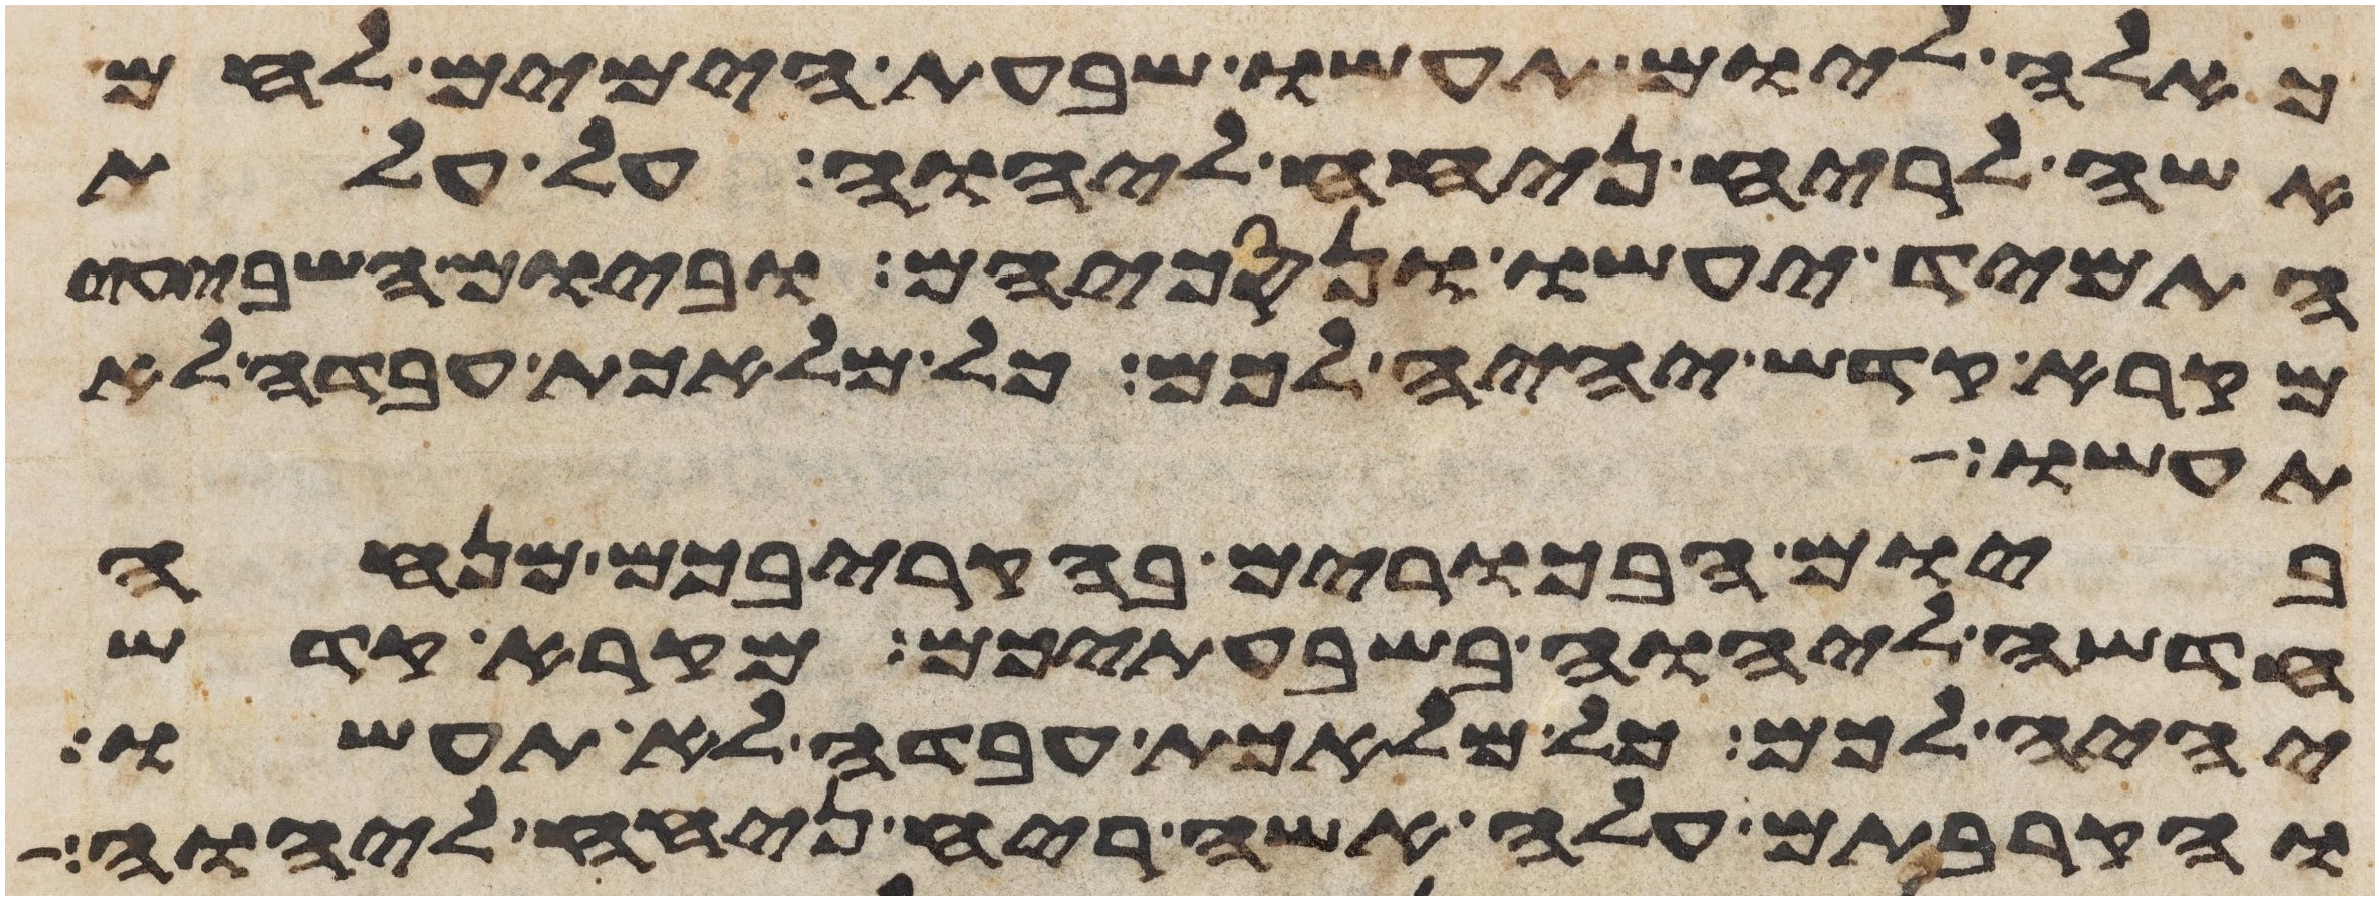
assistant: כאלה ליום תעשו שבעת הימים לחם
אשה לריח ניחח ליהוה על עלת
התמיד יעשו ונסכיהם וביום השביעי
מקרא קדש יהיה לכם כל מלאכת עבדה לא
תעשו
ביום הבכרים בהקריבכם מנחה
חדשה ליהוה בשבעתיכם מקרא קדש
יהיה לכם כל מלאכת עבדה לא תעשו
והקרבתם עלה אשה ריח ניחח ליהוה